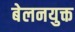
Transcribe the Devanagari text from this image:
बेलनयुक्त